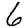
Digit: 6